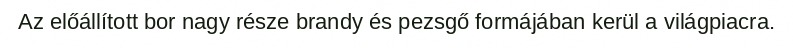
Az előállított bor nagy része brandy és pezsgő formájában kerül a világpiacra.